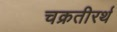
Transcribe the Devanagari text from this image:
चक्रतीरर्थ